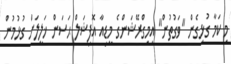
މި ކަމާ ގުޅިގެން "ވަގުތުން" އިމިގްރޭޝަންގެ މީޑިއާ އޮފިޝަލް ޙަސަން ޚަލީލަށް ގުޅުމުން